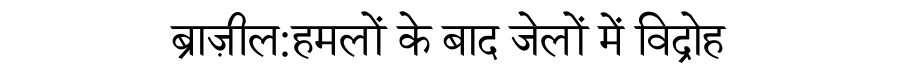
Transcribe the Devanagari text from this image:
ब्राज़ील:हमलों के बाद जेलों में विद्रोह